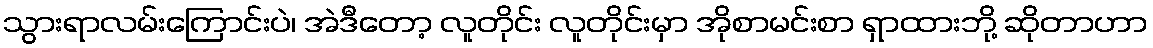
သွားရာလမ်းကြောင်းပဲ၊ အဲဒီတော့ လူတိုင်း လူတိုင်းမှာ အိုစာမင်းစာ ရှာထားဘို့ ဆိုတာဟာ